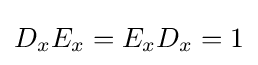
D_{x}E_{x}=E_{x}D_{x}=1